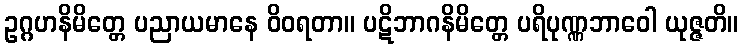
ဥဂ္ဂဟနိမိတ္တေ ပညာယမာနေ ဝိဝရတာ။ ပဋိဘာဂနိမိတ္တေ ပရိပုဏ္ဏဘာဝေါ ယုဇ္ဇတိ။